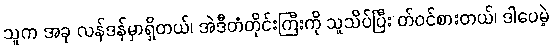
သူက အခု လန်ဒန်မှာရှိတယ်၊ အဲဒီတံတိုင်းကြီးကို သူသိပ်ပြီး တ်ဝင်စားတယ်၊ ဒါပေမဲ့